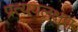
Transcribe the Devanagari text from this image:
प्रत्ययलक्षण